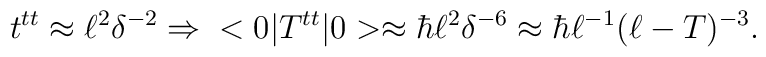
t^{tt} \approx \ell^2 \delta^{-2} \\  \Rightarrow \\<0|T^{tt}|0>  \approx \hbar\ell^2\delta^{-6}              \approx \hbar \ell^{-1} (\ell - T)^{-3}.